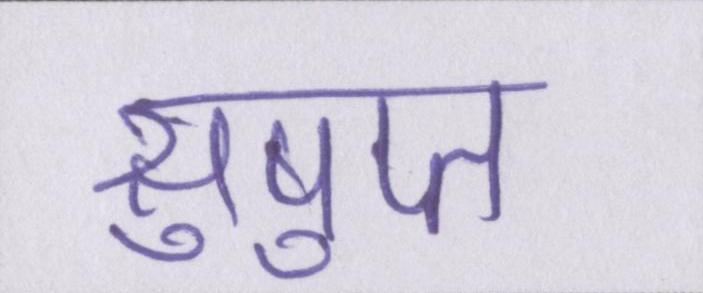
सुषुप्त